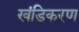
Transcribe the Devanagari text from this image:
खंडिकरण